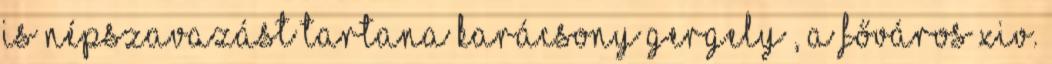
is népszavazást tartana Karácsony Gergely , a főváros XIV.